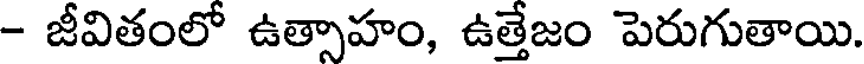
- జీవితంలో ఉత్సాహం, ఉత్తేజం పెరుగుతాయి.